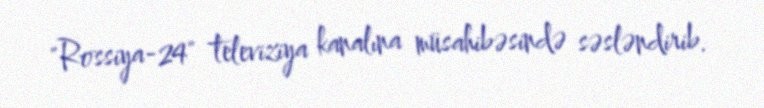
"Rossiya-24" televiziya kanalına müsahibəsində səsləndirib.